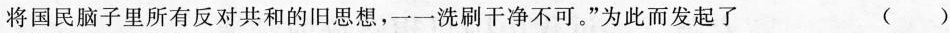
将国民脑子里所有反对共和的旧思想，一洗刷干净不可。”为此而发起了 （）